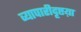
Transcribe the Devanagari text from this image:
व्यापारीदृष्टय़ा